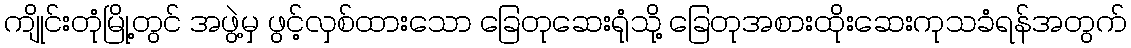
ကျိုင်းတုံမြို့တွင် အဖွဲ့မှ ဖွင့်လှစ်ထားသော ခြေတုဆေးရုံသို့ ခြေတုအစားထိုးဆေးကုသခံရန်အတွက်